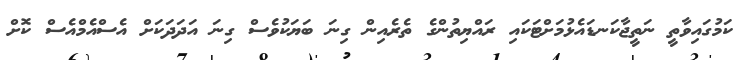
ކަމުގައިވާތީ ނަތީޖާކަނޑައެޅުމަށްޓަކައި ރައްޔިތުންގެ ތެރެއިން ގިނަ ބަޔަކުވެސް ގިނަ އަދަދަކަށް އެސްއެމްއެސް ކޮށް